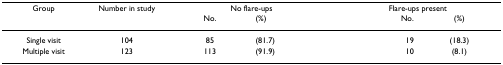
<table><thead><tr><td><b>Group</b></td><td><b>Number in study</b></td><td colspan="2"><b>No flare-ups</b></td><td colspan="2"><b>Flare-ups present</b></td></tr><tr><td></td><td></td><td><b>No.</b></td><td><b>(%)</b></td><td><b>No.</b></td><td><b>(%)</b></td></tr></thead><tbody><tr><td>Single visit</td><td>104</td><td>85</td><td>(81.7)</td><td>19</td><td>(18.3)</td></tr><tr><td>Multiple visit</td><td>123</td><td>113</td><td>(91.9)</td><td>10</td><td>(8.1)</td></tr></tbody></table>